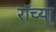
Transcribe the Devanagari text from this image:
रॉच्या